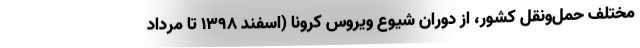
مختلف حمل‌ونقل کشور، از دوران شیوع ویروس کرونا (اسفند ۱۳۹۸ تا مرداد